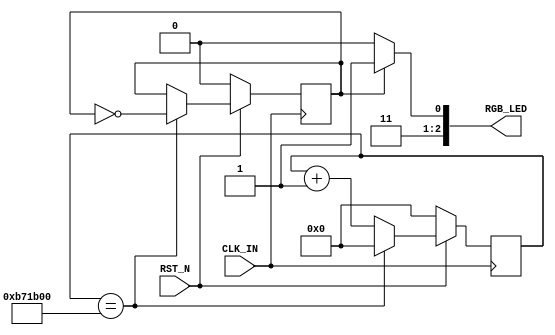
module LED1(
input wire CLK_IN,
input wire RST_N,
output wire [2:0] RGB_LED
);

reg [23:0] counter;
reg led;

always @(posedge CLK_IN) begin
if(RST_N==1'b0) begin
	counter <= 24'd0;
	led <= 1'b0;
end else begin
	if(counter==24'd12000000) begin
		led <= ~led;
		counter <= 24'd0;
	end else begin
		counter <=counter+24'd1;
	end
end
end
assign RGB_LED = led ? 3'b111:3'b110;
endmodule